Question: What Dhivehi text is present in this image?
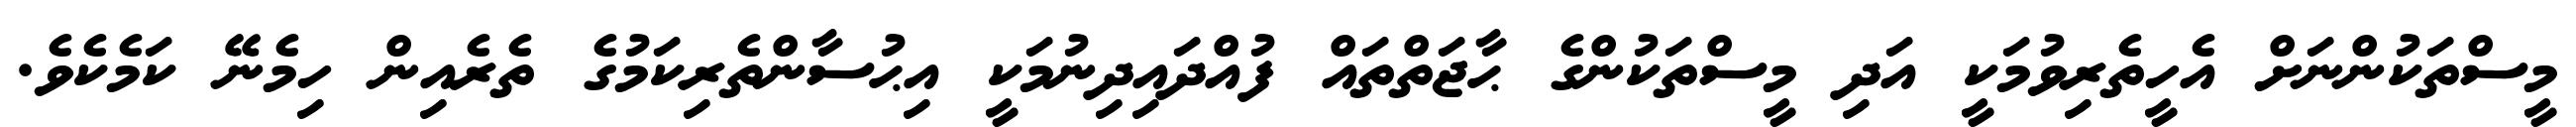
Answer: މީސްތަކުންނަށް އެހީތެރިވުމަކީ އަދި މީސްތަކުންގެ ޙާޖަތްތައް ފުއްދައިދިނުމަކީ އިޙުސާންތެރިކަމުގެ ތެރެއިން ހިމެނޭ ކަމެކެވެ.